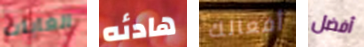
الغابات هادئه أفعالك أفضل